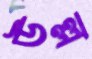
উল্ল